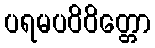
ပရမပဝိဝိတ္တော